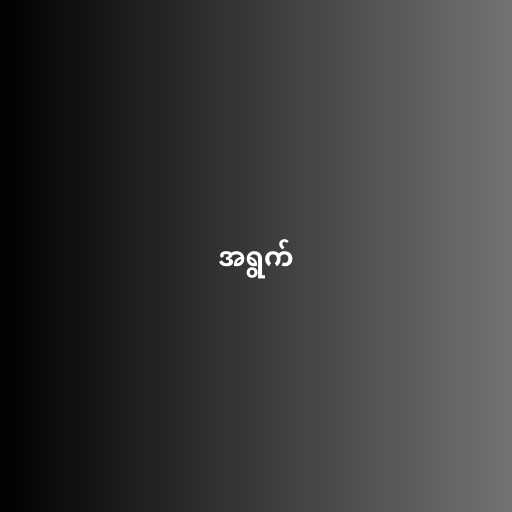
အရွက်